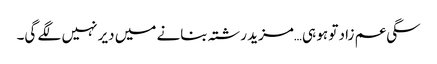
سگی عم زاد تو ہو ہی…مزید رشتہ بنانے میں دیر نہیں لگے گی۔